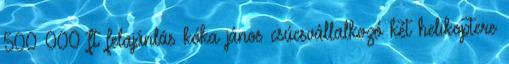
500 000 ft felajánlás kóka jános csúcsvállalkozó két helikoptere